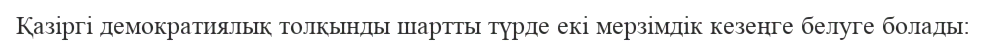
Қазіргі демократиялық толқынды шартты түрде екі мерзімдік кезеңге белуге болады: